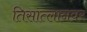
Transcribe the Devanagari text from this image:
तिसात्लानवर